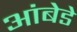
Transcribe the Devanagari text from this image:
आंबेडे